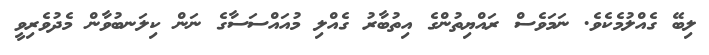
ލިބޭ ގެއްލުމެކެވެ. ނަމަވެސް ރައްޔިތުންގެ އިތުބާރު ގެއްލި މުއައްސަސާގެ ނަން ކިލަނބުވާން މެދުވެރިވީ